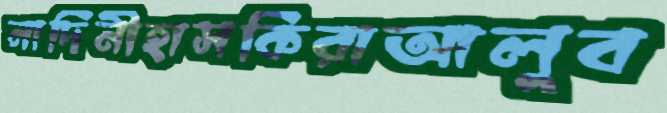
নাদিনীহাসকিরাআলুব